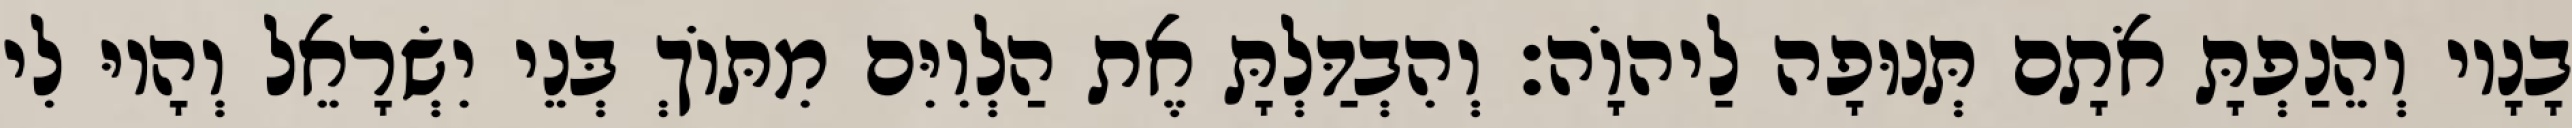
בָנָיו וְהֵנַפְתָּ אֹתָם תְּנוּפָה לַיהוָֹה׃ וְהִבְדַּלְתָּ אֶת הַלְוִיִּם מִתּוֹךְ בְּנֵי יִשְׂרָאֵל וְהָיוּ לִי